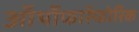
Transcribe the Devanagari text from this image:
ऑर्थोफाॅस्फोरिक